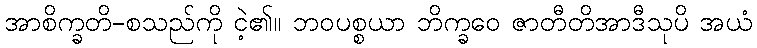
အာစိက္ခတိ-စသည်ကို ငဲ့၏။ ဘဝပစ္စယာ ဘိက္ခဝေ ဇာတီတိအာဒီသုပိ အယံ